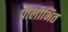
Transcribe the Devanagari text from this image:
पीलीभित